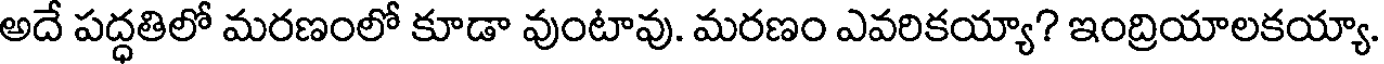
అదే పద్ధతిలో మరణంలో కూడా వుంటావు. మరణం ఎవరికయ్యా? ఇంద్రియాలకయ్యా